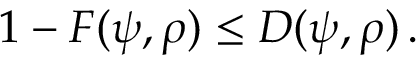
1 - F ( \psi , \rho ) \leq D ( \psi , \rho ) \, .